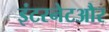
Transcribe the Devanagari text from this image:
इंटरनेटऔर